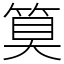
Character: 𮅕